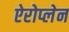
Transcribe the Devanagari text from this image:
ऐरोप्लेन